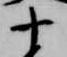
十